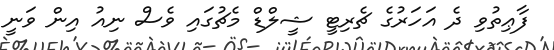
ފާޢިތުވި ދެ އަހަރުގެ ޗެރިޓީ ޝީލްޑް މެޗުގައި ވެސް ނިއު އިން ވަނީ